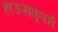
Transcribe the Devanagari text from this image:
हाऊसकूपर्स